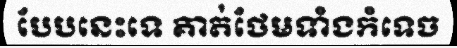
បែបនេះទេ គាត់ថែមទាំងកំទេច